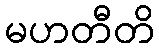
မဟတီတိ